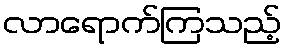
လာရောက်ကြသည့်